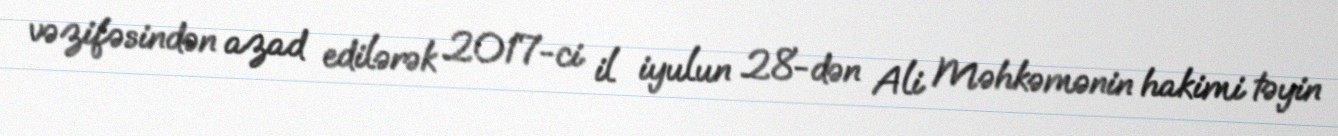
vəzifəsindən azad edilərək 2017-ci il iyulun 28-dən Ali Məhkəmənin hakimi təyin